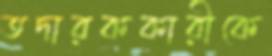
তদারককারীকে